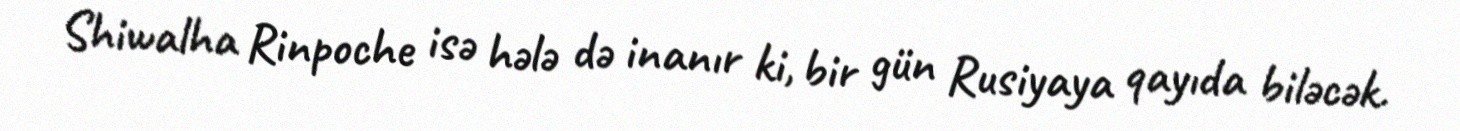
Shiwalha Rinpoche isə hələ də inanır ki, bir gün Rusiyaya qayıda biləcək.